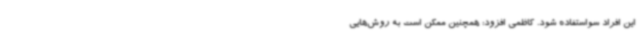
این افراد سواستفاده شود. کاظمی افزود: همچنین ممکن است به روش‌هایی